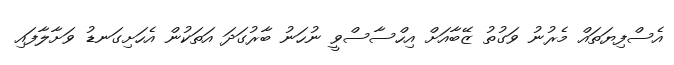
އެސްފިޔަތައް މެރުނު ވަގުތު ޒޭބާއަށް އިހްސާސްވީ ނުހަނު ބާރުގަދަ އަތަކުން އެހަށިގަނޑު ވަށާލާފައި